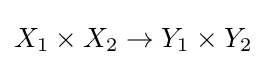
X_{1}\times X_{2}\to Y_{1}\times Y_{2}